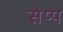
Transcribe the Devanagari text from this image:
सेप्प